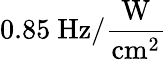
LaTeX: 0.85~\mathrm{Hz/\frac{W}{cm^{2}}}